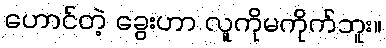
ဟောင်တဲ့ ခွေးဟာ လူကိုမကိုက်ဘူး။